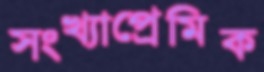
সংখ্যাপ্রেমিক